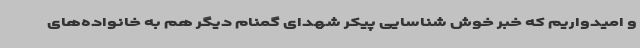
و امیدواریم که خبر خوش شناسایی پیکر شهدای گمنام دیگر هم به خانواده‌های